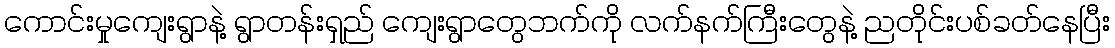
ကောင်းမှုကျေးရွာနဲ့ ရွာတန်းရှည် ကျေးရွာတွေဘက်ကို လက်နက်ကြီးတွေနဲ့ ညတိုင်းပစ်ခတ်နေပြီး